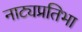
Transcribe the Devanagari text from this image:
नाट्यप्रतिभा